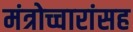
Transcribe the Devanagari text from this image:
मंत्रोच्चारांसह